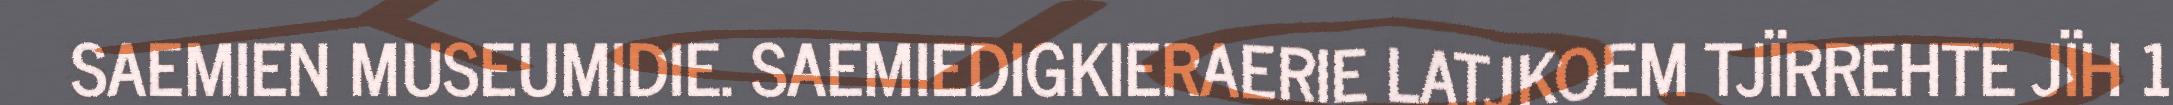
SAEMIEN MUSEUMIDIE. SAEMIEDIGKIERAERIE LATJKOEM TJÏRREHTE JÏH 1